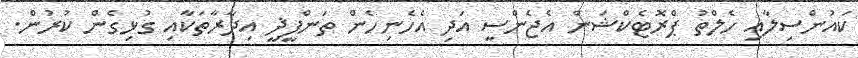
ކައުންސިލާއި ހެލްތު ޕްރޮޓެކްޝަން އެޖެންސީ އަދި އެހެނިހެން ތަންފީޛީ އިދާރާތަކާއި ގުޅިގެން ކުރުން.